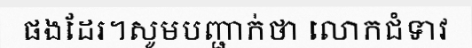
ផងដែរ។សូមបញ្ជាក់ថា លោកជំទាវ